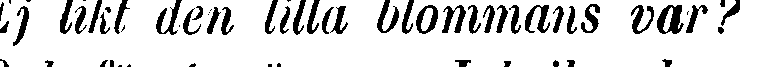
Ej likt den lilla blommans var?